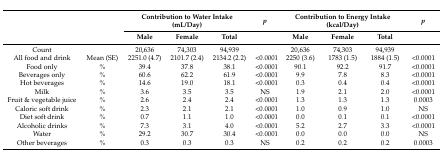
<table><thead><tr><td rowspan="2"></td><td rowspan="2"></td><td colspan="3"><b>Contribution to Water Intake (mL/Day)</b></td><td><b><i>p</i></b></td><td colspan="3"><b>Contribution to Energy Intake (kcal/Day)</b></td><td><b><i>p</i></b></td></tr><tr><td><b>Male</b></td><td><b>Female</b></td><td><b>Total</b></td><td></td><td><b>Male</b></td><td><b>Female</b></td><td><b>Total</b></td><td></td></tr></thead><tbody><tr><td>Count</td><td></td><td>20,636</td><td>74,303</td><td>94,939</td><td></td><td>20,636</td><td>74,303</td><td>94,939</td><td></td></tr><tr><td>All food and drink</td><td>Mean (SE)</td><td>2251.0 (4.7)</td><td>2101.7 (2.4)</td><td>2134.2 (2.2)</td><td>&lt;0.0001</td><td>2250 (3.6)</td><td>1783 (1.5)</td><td>1884 (1.5)</td><td>&lt;0.0001</td></tr><tr><td>Food only</td><td>%</td><td>39.4</td><td>37.8</td><td>38.1</td><td>&lt;0.0001</td><td>90.1</td><td>92.2</td><td>91.7</td><td>&lt;0.0001</td></tr><tr><td>Beverages only</td><td>%</td><td>60.6</td><td>62.2</td><td>61.9</td><td>&lt;0.0001</td><td>9.9</td><td>7.8</td><td>8.3</td><td>&lt;0.0001</td></tr><tr><td>Hot beverages</td><td>%</td><td>14.6</td><td>19.0</td><td>18.1</td><td>&lt;0.0001</td><td>0.3</td><td>0.4</td><td>0.4</td><td>&lt;0.0001</td></tr><tr><td>Milk</td><td>%</td><td>3.6</td><td>3.5</td><td>3.5</td><td>NS</td><td>1.9</td><td>2.1</td><td>2.0</td><td>&lt;0.0001</td></tr><tr><td>Fruit &amp; vegetable juice</td><td>%</td><td>2.6</td><td>2.4</td><td>2.4</td><td>&lt;0.0001</td><td>1.3</td><td>1.3</td><td>1.3</td><td>0.0003</td></tr><tr><td>Caloric soft drink</td><td>%</td><td>2.3</td><td>2.1</td><td>2.1</td><td>&lt;0.0001</td><td>1.0</td><td>0.9</td><td>1.0</td><td>NS</td></tr><tr><td>Diet soft drink</td><td>%</td><td>0.7</td><td>1.1</td><td>1.0</td><td>&lt;0.0001</td><td>0.0</td><td>0.1</td><td>0.1</td><td>&lt;0.0001</td></tr><tr><td>Alcoholic drinks</td><td>%</td><td>7.3</td><td>3.1</td><td>4.0</td><td>&lt;0.0001</td><td>5.2</td><td>2.7</td><td>3.3</td><td>&lt;0.0001</td></tr><tr><td>Water</td><td>%</td><td>29.2</td><td>30.7</td><td>30.4</td><td>&lt;0.0001</td><td>0.0</td><td>0.0</td><td>0.0</td><td>NS</td></tr><tr><td>Other beverages</td><td>%</td><td>0.3</td><td>0.3</td><td>0.3</td><td>NS</td><td>0.2</td><td>0.2</td><td>0.2</td><td>0.0003</td></tr></tbody></table>